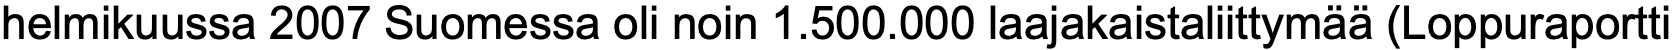
helmikuussa 2007 Suomessa oli noin 1.500.000 laajakaistaliittymää (Loppuraportti